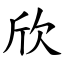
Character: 欣